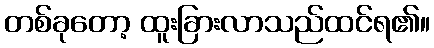
တစ်ခုတော့ ထူးခြားလာသည်ထင်ရ၏။